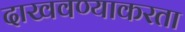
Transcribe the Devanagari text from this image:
दाखवण्याकरता